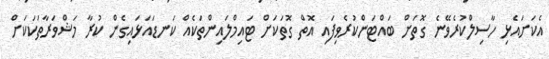
އެކަށައެޅި ހާސިލްކުރެވޭނެ ގޮތަށް ބައްޓަންކުރެވިފައި އޮތް ގޮތަކަށް ޓައިމްލައިންތަކެއް ކަނޑައަޅައިގެން ކުރާ މަޝްވަރާތަކަކަށް